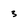
Character: 3